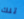
تلك